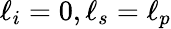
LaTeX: \ell_{i}=0,\ell_{s}=\ell_{p}